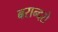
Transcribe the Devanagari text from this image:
बरान्दरो